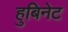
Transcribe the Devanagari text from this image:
हुबिनेट